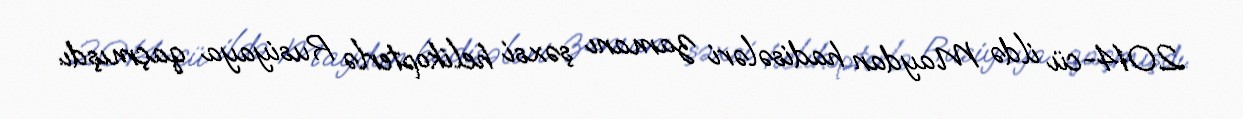
2014-cü ildə Maydan hadisələri zamanı şəxsi helikopterlə Rusiyaya qaçmışdı.